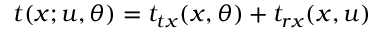
t ( x ; u , \theta ) = t _ { t x } ( x , \theta ) + t _ { r x } ( x , u )